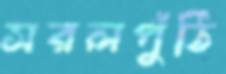
সরলপুঁঠি